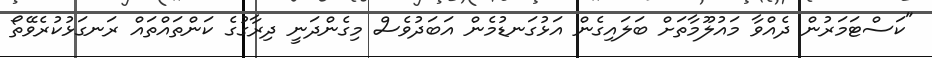
"ކަސްޓަމަރުން ދެއްވާ މައުލޫމާތަށް ބަލައިގެން އަޅުގަނޑުމެން އަބަދުވެސް މިގެންދަނީ ދިރާގުގެ ކަންތައްތައް ރަނގަޅުކުރެވޭތޯ